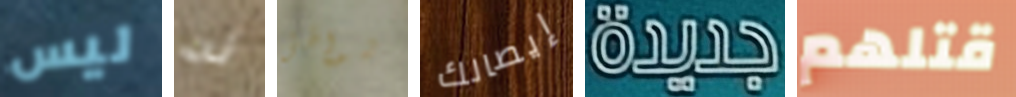
ليس له شواطئ إيصالك جديدة قتلهم